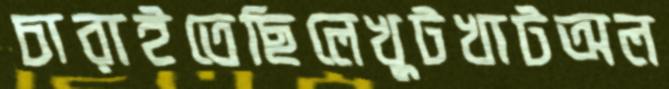
চারাইতেছিলেখুটখাটঅল